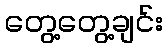
တွေ့တွေ့ချင်း